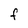
Character: F